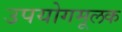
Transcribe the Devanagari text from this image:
उपयोगमूलक